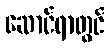
ဆောင်ရာတွင်